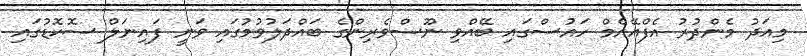
މިއަދު މެންދުރު އެފްއޭއެމް ހައުސްގައި ބޭއްވި ނޫސްވެރިންގެ ބައްދަލުވުމުގައި ވަނީ ފައިނަލް ސޮކޮޑުގައި